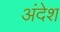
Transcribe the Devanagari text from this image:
अंदेश